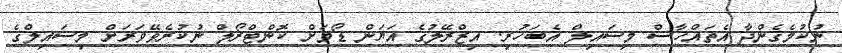
ނުކުމެގެންދާ އެތައްހާސް މިސައިލް އެބަހުރި. އިޒްރޭލުގެ އަޔަން ޑޯމަށް ކޮންޓްރޯލް ނުކުރެވޭވަރަށް މިސައިލްގެ